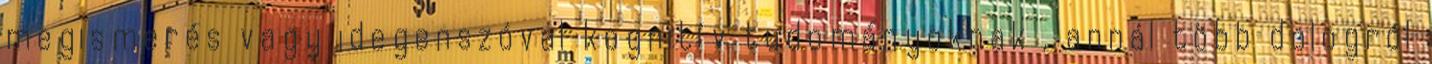
megismerés vagy idegenszóval kognitív tudományoknak , annál több dologról